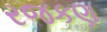
રજકણ